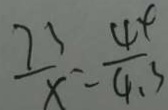
\frac { 7 3 } { x } = \frac { 4 4 } { 4 . 3 }